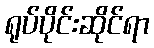
ရုပ်ပိုင်းဆိုင်ရာ